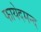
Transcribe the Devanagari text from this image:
फायेदमन्द